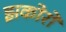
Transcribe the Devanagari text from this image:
झकोरों